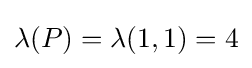
\lambda (P)=\lambda (1,1)=4